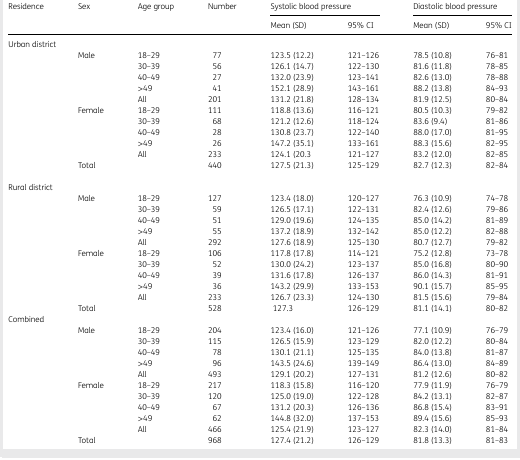
<table><thead><tr><td><b>Residence</b></td><td><b>Sex</b></td><td><b>Age group</b></td><td><b>Number</b></td><td colspan="2"><b>Systolic blood pressure</b></td><td colspan="2"><b>Diastolic blood pressure</b></td></tr><tr><td></td><td></td><td></td><td></td><td><b>Mean (SD)</b></td><td><b>95% CI</b></td><td><b>Mean (SD)</b></td><td><b>95% CI</b></td></tr></thead><tbody><tr><td colspan="2">Urban district</td><td></td><td></td><td></td><td></td><td></td><td></td></tr><tr><td></td><td>Male</td><td>18–29</td><td>77</td><td>123.5 (12.2)</td><td>121–126</td><td>78.5 (10.8)</td><td>76–81</td></tr><tr><td></td><td></td><td>30–39</td><td>56</td><td>126.1 (14.7)</td><td>122–130</td><td>81.6 (11.8)</td><td>78–85</td></tr><tr><td></td><td></td><td>40–49</td><td>27</td><td>132.0 (23.9)</td><td>123–141</td><td>82.6 (13.0)</td><td>78–88</td></tr><tr><td></td><td></td><td>&gt;49</td><td>41</td><td>152.1 (28.9)</td><td>143–161</td><td>88.2 (13.8)</td><td>84–93</td></tr><tr><td></td><td></td><td>All</td><td>201</td><td>131.2 (21.8)</td><td>128–134</td><td>81.9 (12.5)</td><td>80–84</td></tr><tr><td></td><td>Female</td><td>18–29</td><td>111</td><td>118.8 (13.6)</td><td>116–121</td><td>80.5 (10.3)</td><td>79–82</td></tr><tr><td></td><td></td><td>30–39</td><td>68</td><td>121.2 (12.6)</td><td>118–124</td><td>83.6 (9.4)</td><td>81–86</td></tr><tr><td></td><td></td><td>40–49</td><td>28</td><td>130.8 (23.7)</td><td>122–140</td><td>88.0 (17.0)</td><td>81–95</td></tr><tr><td></td><td></td><td>&gt;49</td><td>26</td><td>147.2 (35.1)</td><td>133–161</td><td>88.3 (15.6)</td><td>82–95</td></tr><tr><td></td><td></td><td>All</td><td>233</td><td>124.1 (20.3</td><td>121–127</td><td>83.2 (12.0)</td><td>82–85</td></tr><tr><td></td><td>Total</td><td></td><td>440</td><td>127.5 (21.3)</td><td>125–129</td><td>82.7 (12.3)</td><td>82–84</td></tr><tr><td colspan="2">Rural district</td><td></td><td></td><td></td><td></td><td></td><td></td></tr><tr><td></td><td>Male</td><td>18–29</td><td>127</td><td>123.4 (18.0)</td><td>120–127</td><td>76.3 (10.9)</td><td>74–78</td></tr><tr><td></td><td></td><td>30–39</td><td>59</td><td>126.5 (17.1)</td><td>122–131</td><td>82.4 (12.6)</td><td>79–86</td></tr><tr><td></td><td></td><td>40–49</td><td>51</td><td>129.0 (19.6)</td><td>124–135</td><td>85.0 (14.2)</td><td>81–89</td></tr><tr><td></td><td></td><td>&gt;49</td><td>55</td><td>137.2 (18.9)</td><td>132–142</td><td>85.0 (12.2)</td><td>82–88</td></tr><tr><td></td><td></td><td>All</td><td>292</td><td>127.6 (18.9)</td><td>125–130</td><td>80.7 (12.7)</td><td>79–82</td></tr><tr><td></td><td>Female</td><td>18–29</td><td>106</td><td>117.8 (17.8)</td><td>114–121</td><td>75.2 (12.8)</td><td>73–78</td></tr><tr><td></td><td></td><td>30–39</td><td>52</td><td>130.0 (24.2)</td><td>123–137</td><td>85.0 (16.8)</td><td>80–90</td></tr><tr><td></td><td></td><td>40–49</td><td>39</td><td>131.6 (17.8)</td><td>126–137</td><td>86.0 (14.3)</td><td>81–91</td></tr><tr><td></td><td></td><td>&gt;49</td><td>36</td><td>143.2 (29.9)</td><td>133–153</td><td>90.1 (15.7)</td><td>85–95</td></tr><tr><td></td><td></td><td>All</td><td>233</td><td>126.7 (23.3)</td><td>124–130</td><td>81.5 (15.6)</td><td>79–84</td></tr><tr><td></td><td>Total</td><td></td><td>528</td><td>127.3</td><td>126–129</td><td>81.1 (14.1)</td><td>80–82</td></tr><tr><td>Combined</td><td></td><td></td><td></td><td></td><td></td><td></td><td></td></tr><tr><td></td><td>Male</td><td>18–29</td><td>204</td><td>123.4 (16.0)</td><td>121–126</td><td>77.1 (10.9)</td><td>76–79</td></tr><tr><td></td><td></td><td>30–39</td><td>115</td><td>126.5 (15.9)</td><td>123–129</td><td>82.0 (12.2)</td><td>80–84</td></tr><tr><td></td><td></td><td>40–49</td><td>78</td><td>130.1 (21.1)</td><td>125–135</td><td>84.0 (13.8)</td><td>81–87</td></tr><tr><td></td><td></td><td>&gt;49</td><td>96</td><td>143.5 (24.6)</td><td>139–149</td><td>86.4 (13.0)</td><td>84–89</td></tr><tr><td></td><td></td><td>All</td><td>493</td><td>129.1 (20.2)</td><td>127–131</td><td>81.2 (12.6)</td><td>80–82</td></tr><tr><td></td><td>Female</td><td>18–29</td><td>217</td><td>118.3 (15.8)</td><td>116–120</td><td>77.9 (11.9)</td><td>76–79</td></tr><tr><td></td><td></td><td>30–39</td><td>120</td><td>125.0 (19.0)</td><td>122–128</td><td>84.2 (13.1)</td><td>82–87</td></tr><tr><td></td><td></td><td>40–49</td><td>67</td><td>131.2 (20.3)</td><td>126–136</td><td>86.8 (15.4)</td><td>83–91</td></tr><tr><td></td><td></td><td>&gt;49</td><td>62</td><td>144.8 (32.0)</td><td>137–153</td><td>89.4 (15.6)</td><td>85–93</td></tr><tr><td></td><td></td><td>All</td><td>466</td><td>125.4 (21.9)</td><td>123–127</td><td>82.3 (14.0)</td><td>81–84</td></tr><tr><td></td><td>Total</td><td></td><td>968</td><td>127.4 (21.2)</td><td>126–129</td><td>81.8 (13.3)</td><td>81–83</td></tr></tbody></table>